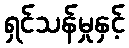
ရှင်သန်မှုနှင့်